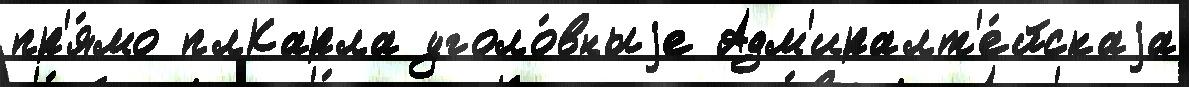
пр'я́мо плКарла уголо́вныjе Адм'иралт'е́йскаjа